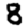
Digit: 8